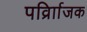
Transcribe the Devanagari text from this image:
पर्व्राािजक